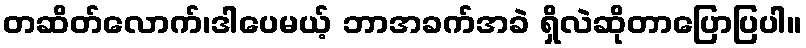
တဆိတ်လောက်၊ဒါပေမယ့် ဘာအခက်အခဲ ရှိလဲဆိုတာပြောပြပါ။